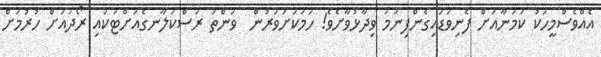
އެއްވެސްމީހަކު ކަމަނާއަށް ފެނިވަޑައިގެންފިނަމަ ވިދާޅުވާށެވެ! ހަމަކަށަވަރުން  ވަންތަ ރަސްކަލާނގެއަށްޓަކައި ރޯދައަށް ހުރުމަށް